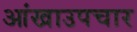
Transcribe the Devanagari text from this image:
आंखाउपचार